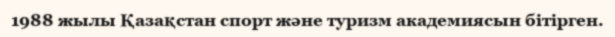
1988 жылы Қазақстан спорт және туризм академиясын бітірген.